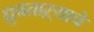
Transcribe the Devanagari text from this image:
ध्रुवताऱ्याचे